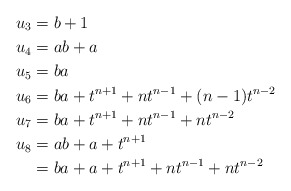
\begin{align*}u_{3} & =b+1\\u_{4} & =ab+a\\u_{5} & =ba\\u_{6} & =ba+t^{n+1}+nt^{n-1}+(n-1)t^{n-2}\\u_{7} & =ba+t^{n+1}+nt^{n-1}+nt^{n-2}\\u_{8} & =ab+a+t^{n+1}\\ & =ba+a+t^{n+1}+nt^{n-1}+nt^{n-2}\end{align*}